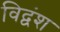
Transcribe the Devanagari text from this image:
विद्वंश